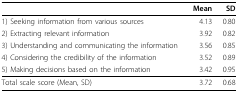
<table><thead><tr><td></td><td><b>Mean</b></td><td><b>SD</b></td></tr></thead><tbody><tr><td>1) Seeking information from various sources</td><td>4.13</td><td>0.80</td></tr><tr><td>2) Extracting relevant information</td><td>3.92</td><td>0.82</td></tr><tr><td>3) Understanding and communicating the information</td><td>3.56</td><td>0.85</td></tr><tr><td>4) Considering the credibility of the information</td><td>3.52</td><td>0.89</td></tr><tr><td>5) Making decisions based on the information</td><td>3.42</td><td>0.95</td></tr><tr><td>Total scale score (Mean, SD)</td><td>3.72</td><td>0.68</td></tr></tbody></table>